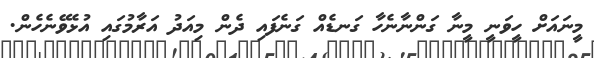
މީނައަށް ހީވަނީ މީނާ ގަންނާނެހާ ގަނޑެއް ގަނެފައި ދެން މިއަދު އަރާމުގައި އުޅެވޭނެހެން.